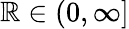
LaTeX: \mathbb{R}\in(0,\infty]